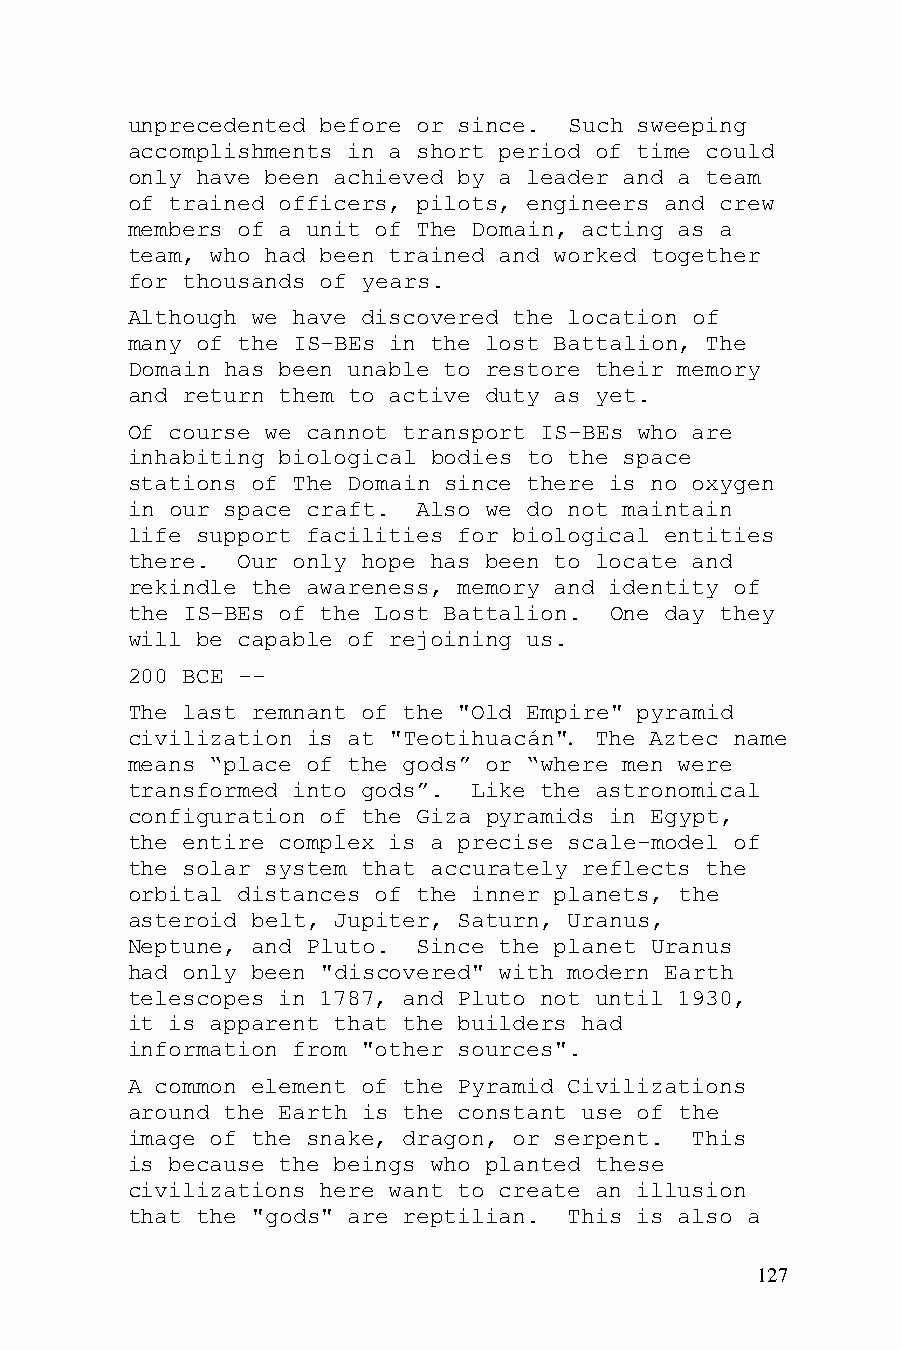
unprecedented before or since. Such sweeping
 accomplishments in a short period of time could
 only have been achieved by a leader and a team
 of trained officers, pilots, engineers and crew
 members of a unit of The Domain, acting as a
 team, who had been trained and worked together
 for thousands of years.
 Although we have discovered the location of
 many of the IS-BEs in the lost Battalion, The
 Domain has been unable to restore their memory
 and return them to active duty as yet.
 Of course we cannot transport IS-BEs who are
 inhabiting biological bodies to the space
 stations of The Domain since there is no oxygen
 in our space craft. Also we do not maintain
 life support facilities for biological entities
 there.  Our only hope has been to locate and
 rekindle the awareness, memory and identity of
 the IS-BEs of the Lost Battalion. One day they
 will be capable of rejoining us.
 200 BCE --
 The last remnant of the "Old Empire" pyramid
 civilization is at "Teotihuacán". The Aztec name
 means “place of the gods” or “where men were
 transformed into gods”. Like the astronomical
 configuration of the Giza pyramids in Egypt,
 the entire complex is a precise scale-model of
 the solar system that accurately reflects the
 orbital distances of the inner planets, the
 asteroid belt, Jupiter, Saturn, Uranus,
 Neptune, and Pluto. Since the planet Uranus
 had only been "discovered" with modern Earth
 telescopes in 1787, and Pluto not until 1930,
 it is apparent that the builders had
 information from "other sources".
 A common element of the Pyramid Civilizations
 around the Earth is the constant use of the
 image of the snake, dragon, or serpent. This
 is because the beings who planted these
 civilizations here want to create an illusion
 that the "gods" are reptilian. This is also a
 127